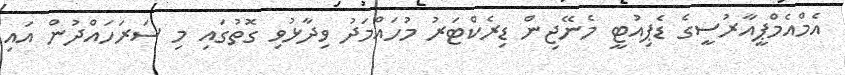
އެމްއެމްޕީއާރުސީގެ ޑެޕިއުޓީ މެނޭޖިން ޑިރެކްޓަރު މުހައްމަދު ވިދާޅުވި ގޮތުގައި މި ސަރަހައްދުން އައި